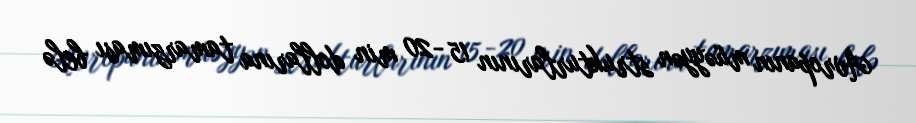
Avropanın müəyyən strukturlarının 15 -20 min dollarına tamarzıması belə